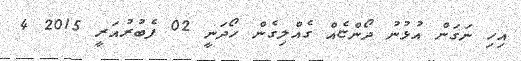
އިހި ނަގަން އުޅުނު ދޯންޏެއް ގެއްލިގެން ހޯދަނީ 02 ފެބުރުއަރީ 2015 4